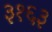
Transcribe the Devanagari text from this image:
३१६३